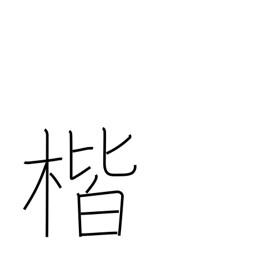
Meaning: correctness